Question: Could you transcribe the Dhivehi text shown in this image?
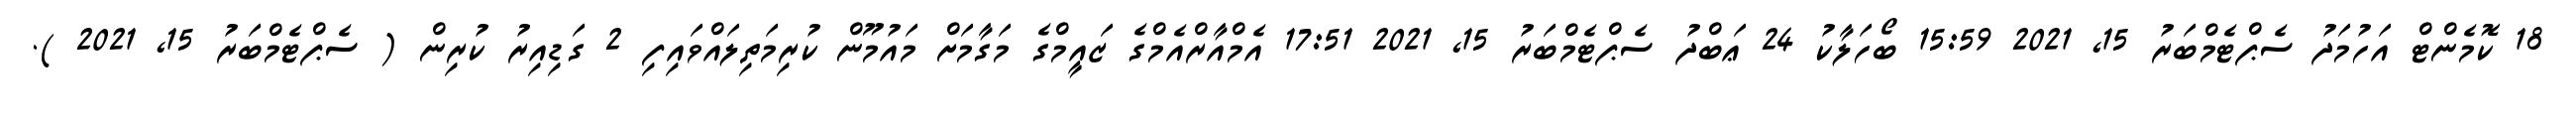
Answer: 18 ކޮމެންޓް އަހުމަދު ސެޕްޓެމްބަރު 15, 2021 15:59 ބޯހަލާކު 24 ޢަބްދު ސެޕްޓެމްބަރު 15, 2021 17:51 އެމްއާރްއެމްގެ ޒައީމްގެ މަގާމަށް މައުމޫން ކުރިމަތިލައްވައިފި 2 ގަޑިއިރު ކުރިން ( ސެޕްޓެމްބަރު 15, 2021 ).